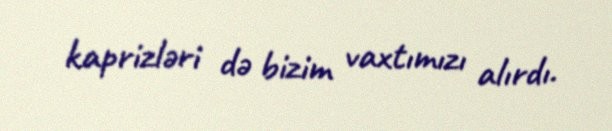
kaprizləri də bizim vaxtımızı alırdı.